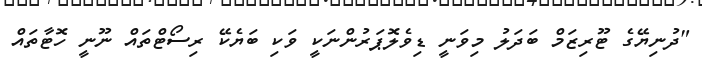
"ދުނިޔޭގެ ޓޫރިޒަމް ބަދަލު މިވަނީ ޑިވެލޮޕަރުންނަކީ ވަކި ބަޔެކޭ ރިސޯޓްތައް ނޫނީ ހޮޓާތައް